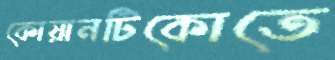
কোয়ানটিকোতে